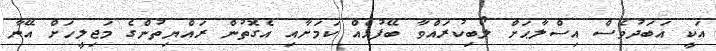
އަކީ އަބަދުވެސް އިސްލާޙަށް ލޯބިކުރައްވާ ބޭފުޅެއް ކަމަށާއި އެގޮތުން ރައްޔިތުންގެ މަޖިލީހަށް އޭނާ